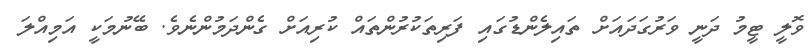
ވޮލީ ޓީމު ދަނީ ވަރުގަދައަށް ތައިލެންޑުގައި ފަރިތަކުރުންތައް ކުރިއަށް ގެންދަމުންނެވެ. ބޭނުމަކީ އަމިއްލަ